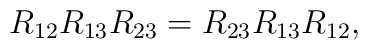
R_{12} R_{13} R_{23} = R_{23} R_{13} R_{12},